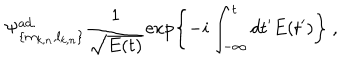
\Psi _ { \{ m _ { k , n } , l _ { k , n } \} } ^ { \mathrm { a d . } } \frac { 1 } { \sqrt { E ( t ) } } \exp \left\{ - i \int _ { - \infty } ^ { t } d t ^ { \prime } E ( t ^ { \prime } ) \right\} \ ,